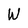
Character: W